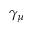
\gamma _ { \mu }